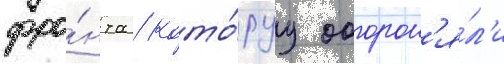
фро́нта / кото́руу оборон'я́л'и